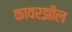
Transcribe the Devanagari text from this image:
कावरझील